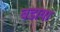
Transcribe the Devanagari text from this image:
बडाया